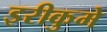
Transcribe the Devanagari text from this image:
इरीकुमे